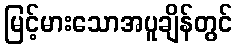
မြင့်မားသောအပူချိန်တွင်